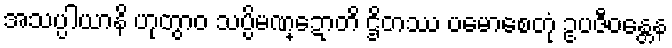
အသပ္ပါယာနိ ဟုတွာဝ သပ္ပိမဏ္ဍောတိ ဌိတဿ ပမောစေတုံ ဥပဇီဝန္တေန